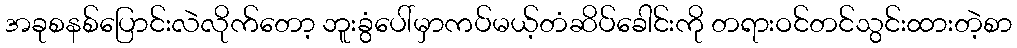
အခုစနစ်ပြောင်းလဲလိုက်တော့ ဘူးခွံပေါ်မှာကပ်မယ့်တံဆိပ်ခေါင်းကို တရားဝင်တင်သွင်းထားတဲ့စာ